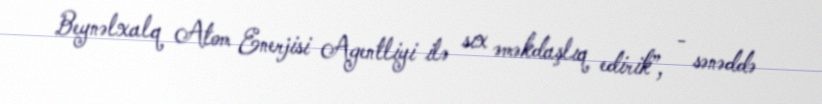
Beynəlxalq Atom Enerjisi Agentliyi ilə sıx əməkdaşlıq edirik”, - sənəddə